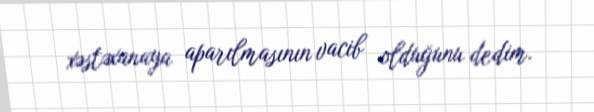
xəstəxanaya aparılmasının vacib olduğunu dedim.